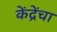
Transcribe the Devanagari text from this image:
केंद्रेंचा